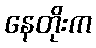
နေတိုးက